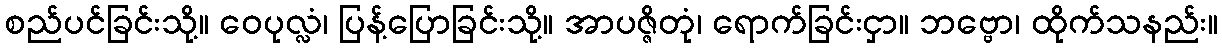
စည်ပင်ခြင်းသို့။ ဝေပုလ္လံ၊ ပြန့်ပြောခြင်းသို့။ အာပဇ္ဇိတုံ၊ ရောက်ခြင်းငှာ။ ဘဗ္ဗော၊ ထိုက်သနည်း။